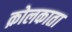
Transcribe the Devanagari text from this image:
क़ोलकाता